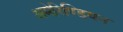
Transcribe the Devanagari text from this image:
अमेरिण्डियन